Report of the Indian Hemp Drugs Commission, 1894-1895 - Volume IV
Year: 1894
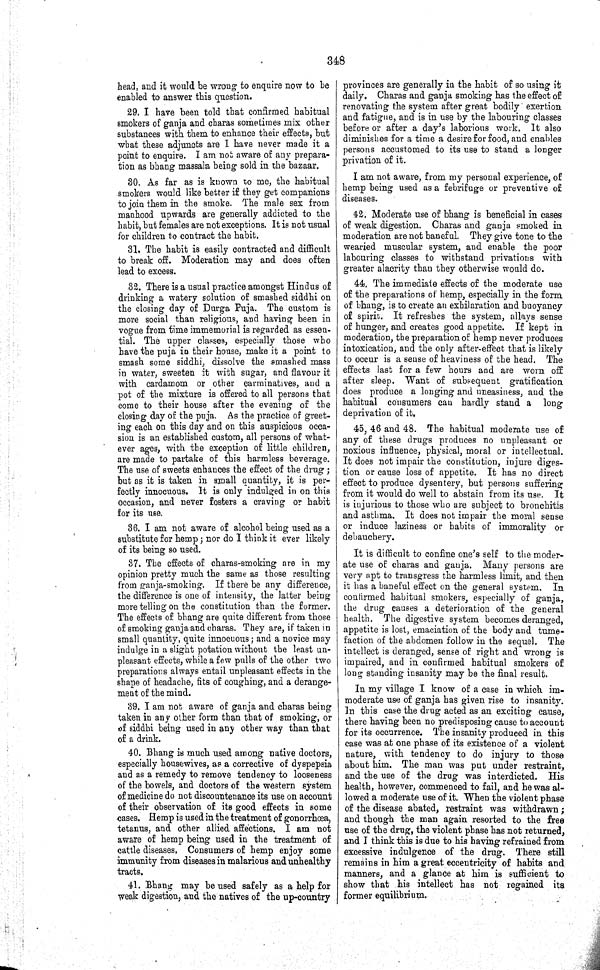
348
head, and it would be wrong to enquire now to be
enabled to answer this question.
29. I have been told that confirmed habitual
smokers of ganja and charas sometimes mix other
substances with them to enhance their effects, but
what these adjuncts are I have never made it a
point to enquire. I am not aware of any prepara-
tion as bhang massala being sold in the bazaar.
30. As far as is known to me, the habitual
smokers would like better if they get companions
to join them in the smoke. The male sex from
manhood upwards are generally addicted to the
habit, but females are not exceptions. It is not usual
for children to contract the habit.
31. The habit is easily contracted and difficult
to break off. Moderation may and does often
lead to excess.
32. There is a usual practice amongst Hindus of
drinking a watery solution of smashed siddhi on
the closing day of Durga Puja. The custom is
more social than religious, and having been in
vogue from time immemorial is regarded as essen-
tial. The upper classes, especially those who
have the puja in their house, make it a point to
smash some siddhi, dissolve the smashed mass
in water, sweeten it with sugar, and flavour it
with cardamom or other carminatives, and a
pot of the mixture is offered to all persons that
come to their house after the evening of the
closing day of the puja. As the practice of greet-
ing each on this day and on this auspicious occa-
sion is an established custom, all persons of what-
ever ages, with the exception of little children,
are made to partake of this harmless beverage.
The use of sweets enhances the effect of the drug;
but as it is taken in small quantity, it is per-
fectly innocuous. It is only indulged in on this
occasion, and never fosters a craving or habit
for its use.
36. I am not aware of alcohol being used as a
substitute for hemp; nor do I think it ever likely
of its being so used.
37. The effects of charas-smoking are in my
opinion pretty much the same as those resulting
from ganja-smoking. If there be any difference,
the difference is one of intensity, the latter being
more telling on the constitution than the former.
The effects of bhang are quite different from those
of smoking ganja and charas. They are, if taken in
small quantity, quite innocuous; and a novice may
indulge in a slight potation without the least un-
pleasant effects, while a few pulls of the other two
preparations always entail unpleasant effects in the
shape of headache, fits of coughing, and a derange-
ment of the mind.
39. I am not aware of ganja and charas being
taken in any other form than that of smoking, or
of siddhi being used in any other way than that
of a drink.
40. Bhang is much used among native doctors,
especially housewives, as a corrective of dyspepsia
and as a remedy to remove tendency to looseness
of the bowels, and doctors of the western system
of medicine do not discountenance its use on account
of their observation of its good effects in some
cases. Hemp is used in the treatment of gonorrhœa,
tetanus, and other allied affections. I am not
aware of hemp being used in the treatment of
cattle diseases. Consumers of hemp enjoy some
immunity from diseases in malarious and unhealthy
tracts.
41. Bhang may be used safely as a help for
weak digestion, and the natives of the up-country
provinces are generally in the habit of so using it
daily. Charas and ganja smoking has the effect of
renovating the system after great bodily exertion
and fatigue, and is in use by the labouring classes
before or after a day's laborious work. It also
diminishes for a time a desire for food, and enables
persons accustomed to its use to stand a longer
privation of it.
I am not aware, from my personal experience, of
hemp being used as a febrifuge or preventive of
diseases.
42. Moderate use of bhang is beneficial in cases
of weak digestion. Charas and ganja smoked in
moderation are not baneful. They give tone to the
wearied muscular system, and enable the poor
labouring classes to withstand privations with
greater alacrity than they otherwise would do.
44. The immediate effects of the moderate use
of the preparations of hemp, especially in the form
of bhang, is to create an exhilaration and buoyancy
of spirit. It refreshes the system, allays sense
of hunger, and creates good appetite. If kept in
moderation, the preparation of hemp never produces
intoxication, and the only after-effect that is likely
to occur is a sense of heaviness of the head. The
effects last for a few hours and are worn off
after sleep. Want of subsequent gratification
does produce a longing and uneasiness, and the
habitual consumers can hardly stand a long
deprivation of it.
45, 46 and 48. The habitual moderate use of
any of these drugs produces no unpleasant or
noxious influence, physical, moral or intellectual.
It does not impair the constitution, injure diges-
tion or cause loss of appetite. It has no direct
effect to produce dysentery, but persons suffering
from it would do well to abstain from its use. It
is injurious to those who are subject to bronchitis
and asthma. It does not impair the moral sense
or induce laziness or habits of immorality or
debauchery.
It is difficult to confine one's self to the moder-
ate use of charas and ganja. Many persons are
very apt to transgress the harmless limit, and then
it has a baneful effect on the general system. In
confirmed habitual smokers, especially of ganja,
the drug causes a deterioration of the general
health. The digestive system becomes deranged,
appetite is lost, emaciation of the body and tume-
faction of the abdomen follow in the sequel. The
intellect is deranged, sense of right and wrong is
impaired, and in confirmed habitual smokers of
long standing insanity may be the final result.
In my village I know of a case in which im-
moderate use of ganja has given rise to insanity.
In this case the drug acted as an exciting cause,
there having been no predisposing cause to account
for its occurrence. The insanity produced in this
case was at one phase of its existence of a violent
nature, with tendency to do injury to those
about him. The man was put under restraint,
and the use of the drug was interdicted. His
health, however, commenced to fail, and he was al-
lowed a moderate use of it. When the violent phase
of the disease abated, restraint was withdrawn;
and though the man again resorted to the free
use of the drug, the violent phase has not returned,
and I think this is due to his having refrained from
excessive indulgence of the drug. There still
remains in him a great eccentricity of habits and
manners, and a glance at him is sufficient to
show that his intellect has not regained its
former equilibrium.